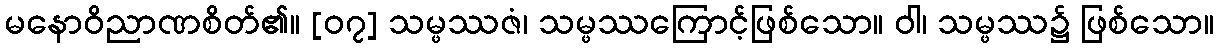
မနောဝိညာဏစိတ်၏။ [၀၇] သမ္ဖဿဇံ၊ သမ္ဖဿကြောင့်ဖြစ်သော။ ဝါ၊ သမ္ဖဿ၌ ဖြစ်သော။